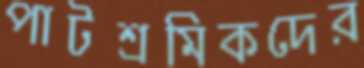
পাটশ্রমিকদের